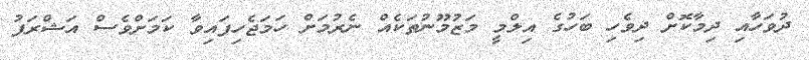
ދުވަހާއި ދިމާކޮށް ދިވެހި ބަހުގެ އިލްމީ މަޒުމޫނުތަކެއް ނެރުމަށް ހަމަޖެހިފައިވާ ކަމަށްވެސް އަޝްރަފު